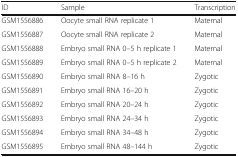
<table><thead><tr><td><b>ID</b></td><td><b>Sample</b></td><td><b>Transcription</b></td></tr></thead><tbody><tr><td>GSM1556886</td><td>Oocyte small RNA replicate 1</td><td>Maternal</td></tr><tr><td>GSM1556887</td><td>Oocyte small RNA replicate 2</td><td>Maternal</td></tr><tr><td>GSM1556888</td><td>Embryo small RNA 0–5 h replicate 1</td><td>Maternal</td></tr><tr><td>GSM1556889</td><td>Embryo small RNA 0–5 h replicate 2</td><td>Maternal</td></tr><tr><td>GSM1556890</td><td>Embryo small RNA 8–16 h</td><td>Zygotic</td></tr><tr><td>GSM1556891</td><td>Embryo small RNA 16–20 h</td><td>Zygotic</td></tr><tr><td>GSM1556892</td><td>Embryo small RNA 20–24 h</td><td>Zygotic</td></tr><tr><td>GSM1556893</td><td>Embryo small RNA 24–34 h</td><td>Zygotic</td></tr><tr><td>GSM1556894</td><td>Embryo small RNA 34–48 h</td><td>Zygotic</td></tr><tr><td>GSM1556895</td><td>Embryo small RNA 48–144 h</td><td>Zygotic</td></tr></tbody></table>